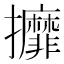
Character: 攠